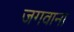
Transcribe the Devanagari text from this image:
जगवाना